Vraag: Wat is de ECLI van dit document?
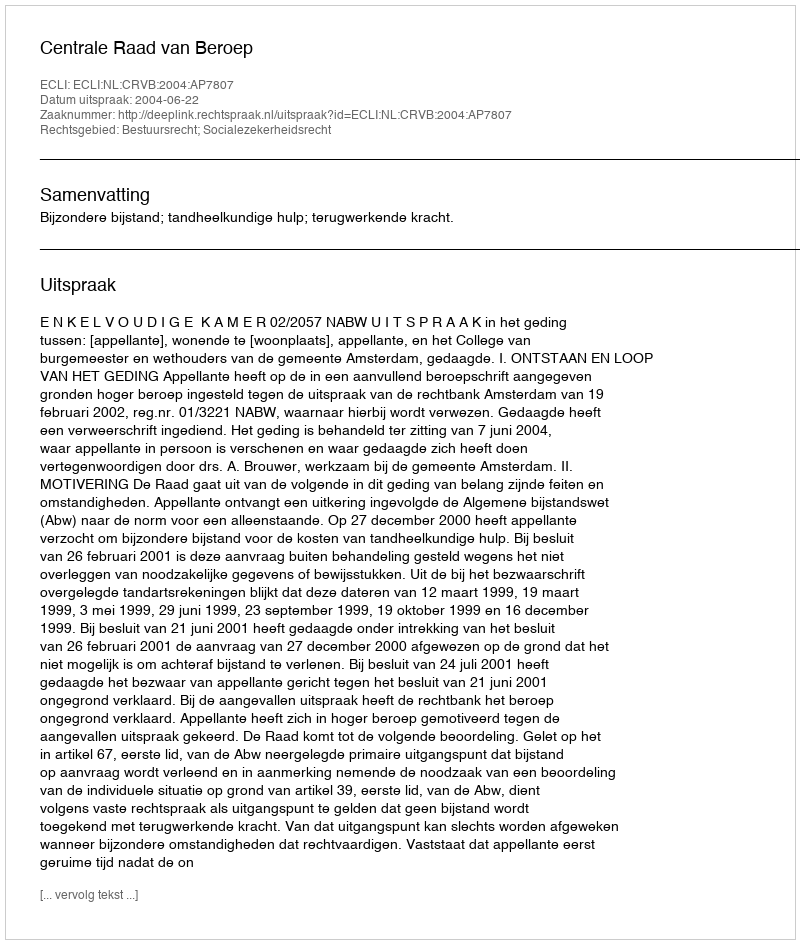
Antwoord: ECLI:NL:CRVB:2004:AP7807